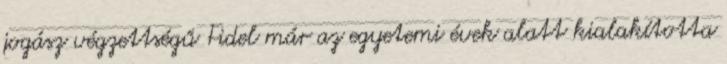
jogász végzettségű Fidel már az egyetemi évek alatt kialakította